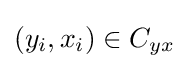
(y_{i},x_{i})\in C_{yx}